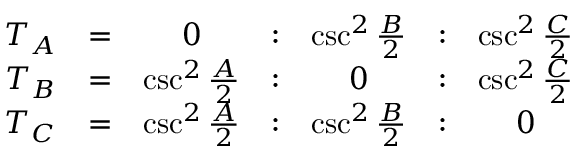
{ \begin{array} { c c c c c c c } { T _ { A } } & { = } & { 0 } & { : } & { \csc ^ { 2 } { \frac { B } { 2 } } } & { : } & { \csc ^ { 2 } { \frac { C } { 2 } } } \\ { T _ { B } } & { = } & { \csc ^ { 2 } { \frac { A } { 2 } } } & { : } & { 0 } & { : } & { \csc ^ { 2 } { \frac { C } { 2 } } } \\ { T _ { C } } & { = } & { \csc ^ { 2 } { \frac { A } { 2 } } } & { : } & { \csc ^ { 2 } { \frac { B } { 2 } } } & { : } & { 0 } \end{array} }